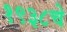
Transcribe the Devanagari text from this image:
१९३८चे